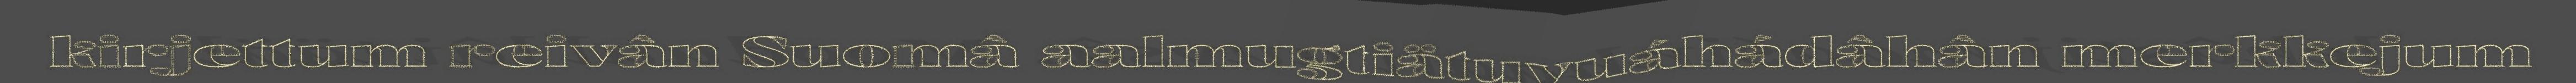
kirjettum reivân Suomâ aalmugtiätuvuáhádâhân merkkejum